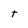
Character: t